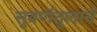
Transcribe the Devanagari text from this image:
सुवर्णतुलाचे